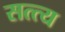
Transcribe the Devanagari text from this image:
सत्त्य